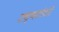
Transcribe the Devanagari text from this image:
उच्चतांशों